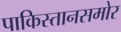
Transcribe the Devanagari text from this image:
पाकिस्तानसमोर